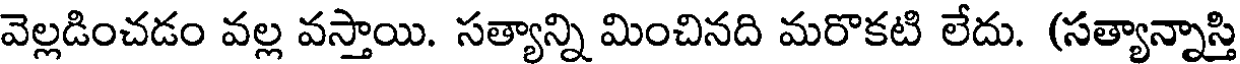
వెల్లడించడం వల్ల వస్తాయి. సత్యాన్ని మించినది మరొకటి లేదు. (సత్యాన్నాస్తి